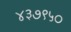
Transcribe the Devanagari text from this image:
४३७९५०